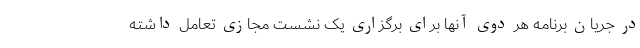
در جریان برنامه هر دوی آنها برای برگزاری یک نشست مجازی تعامل داشته